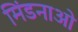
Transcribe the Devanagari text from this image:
मिंडनाओ